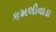
કમલીવાડા